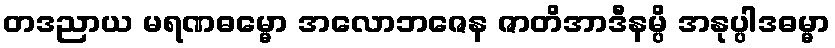
တဒညာယ မရဏဓမ္မော အလောဘဇေန ဇာတိအာဒီနမ္ပိ အနုပ္ပါဒဓမ္မာ